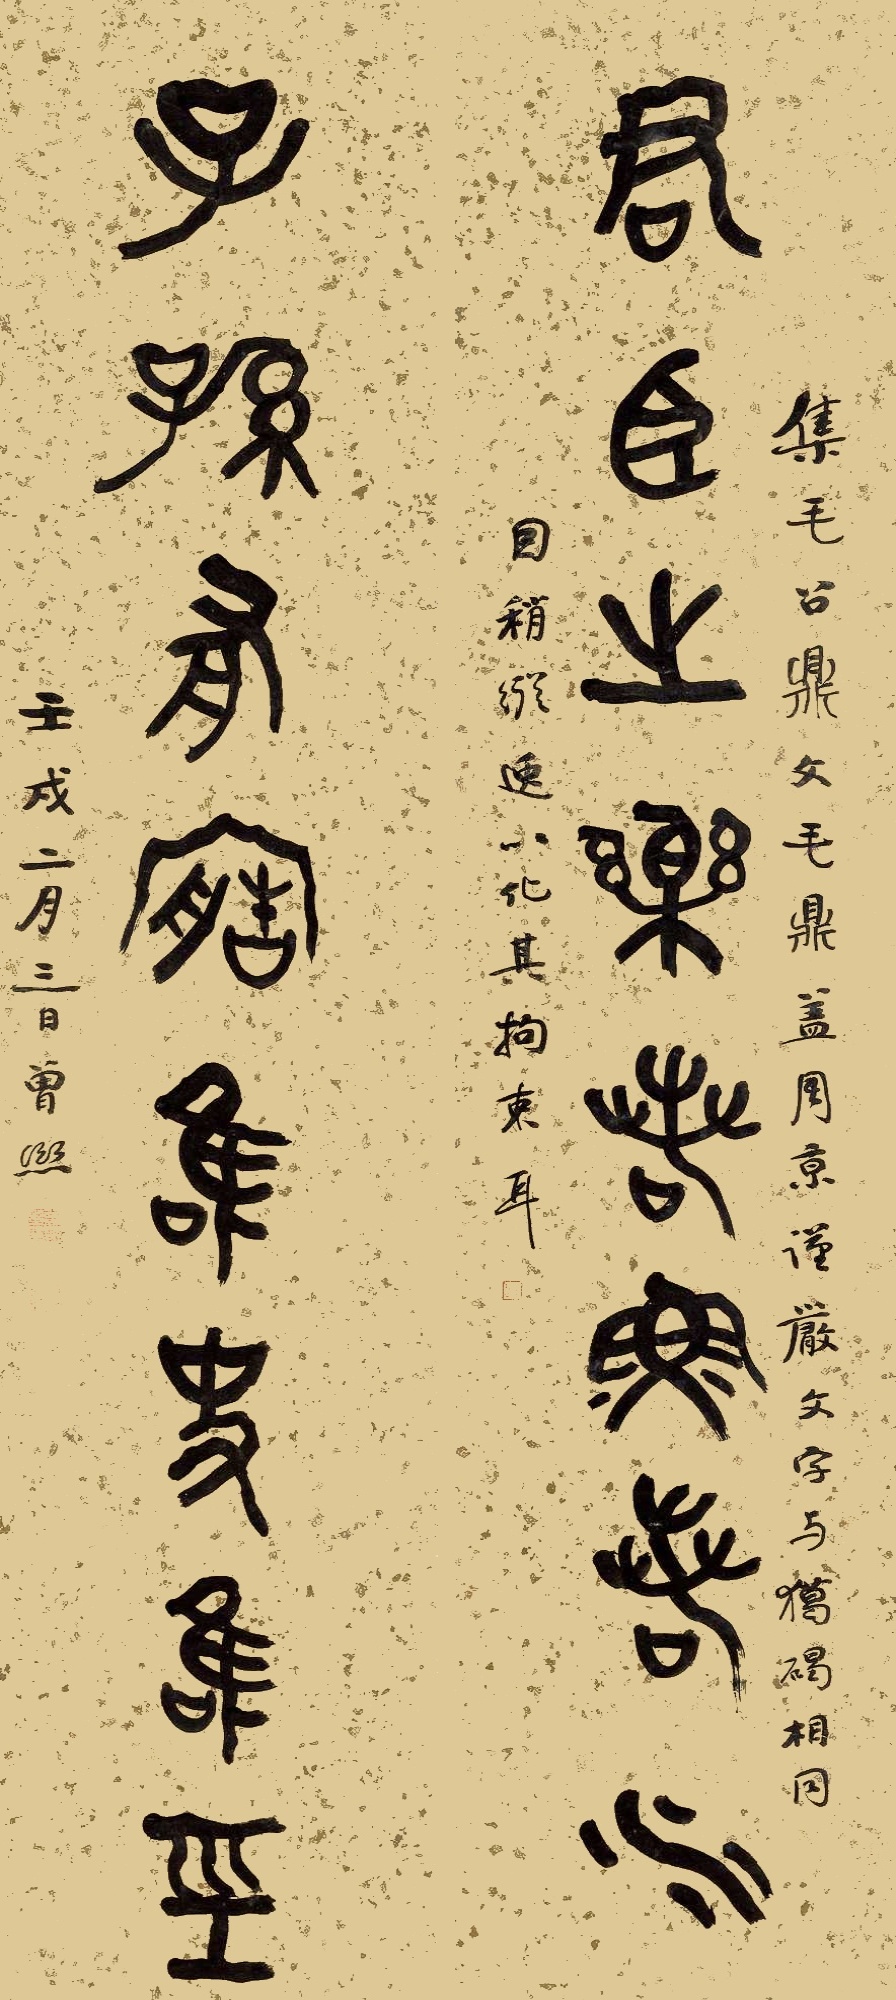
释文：君臣之乐若鱼若水，子孙有宝唯史唯经。集毛公鼎文。毛鼎盖周京谨严文字，与獦碣相同，回稍纵逸，以化其拘束耳。壬戌二月三日，曾熙。